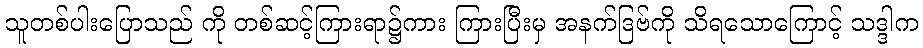
သူတစ်ပါးပြောသည် ကို တစ်ဆင့်ကြားရာ၌ကား ကြားပြီးမှ အနက်ဒြဗ်ကို သိရသောကြောင့် သဒ္ဒါက